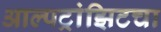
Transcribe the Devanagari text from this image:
आल्पट्रांझिटचा